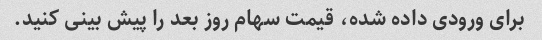
برای ورودی داده شده، قیمت سهام روز بعد را پیش بینی کنید.